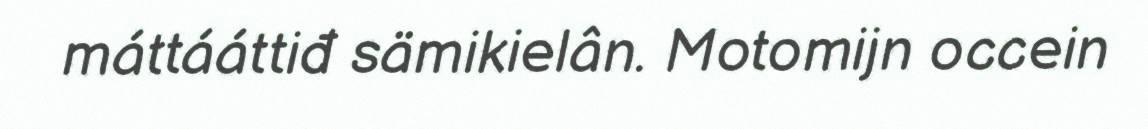
máttááttiđ sämikielân. Motomijn occein